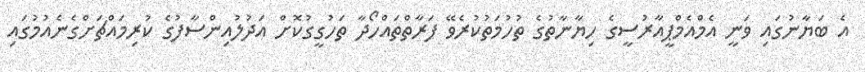
އެ ބަޔާނުގައި ވަނީ އެމްއެމްޕީއާރުސީގެ ހިޔާނާތުގެ ތުހުމަތުކުރެވޭ ފަރާތްތައްހޯދާ ތަހުގީގުކޮށް އަދުލުއިންސާފުގެ ކުރިމައްޗަށްގެނެއުމުގައި